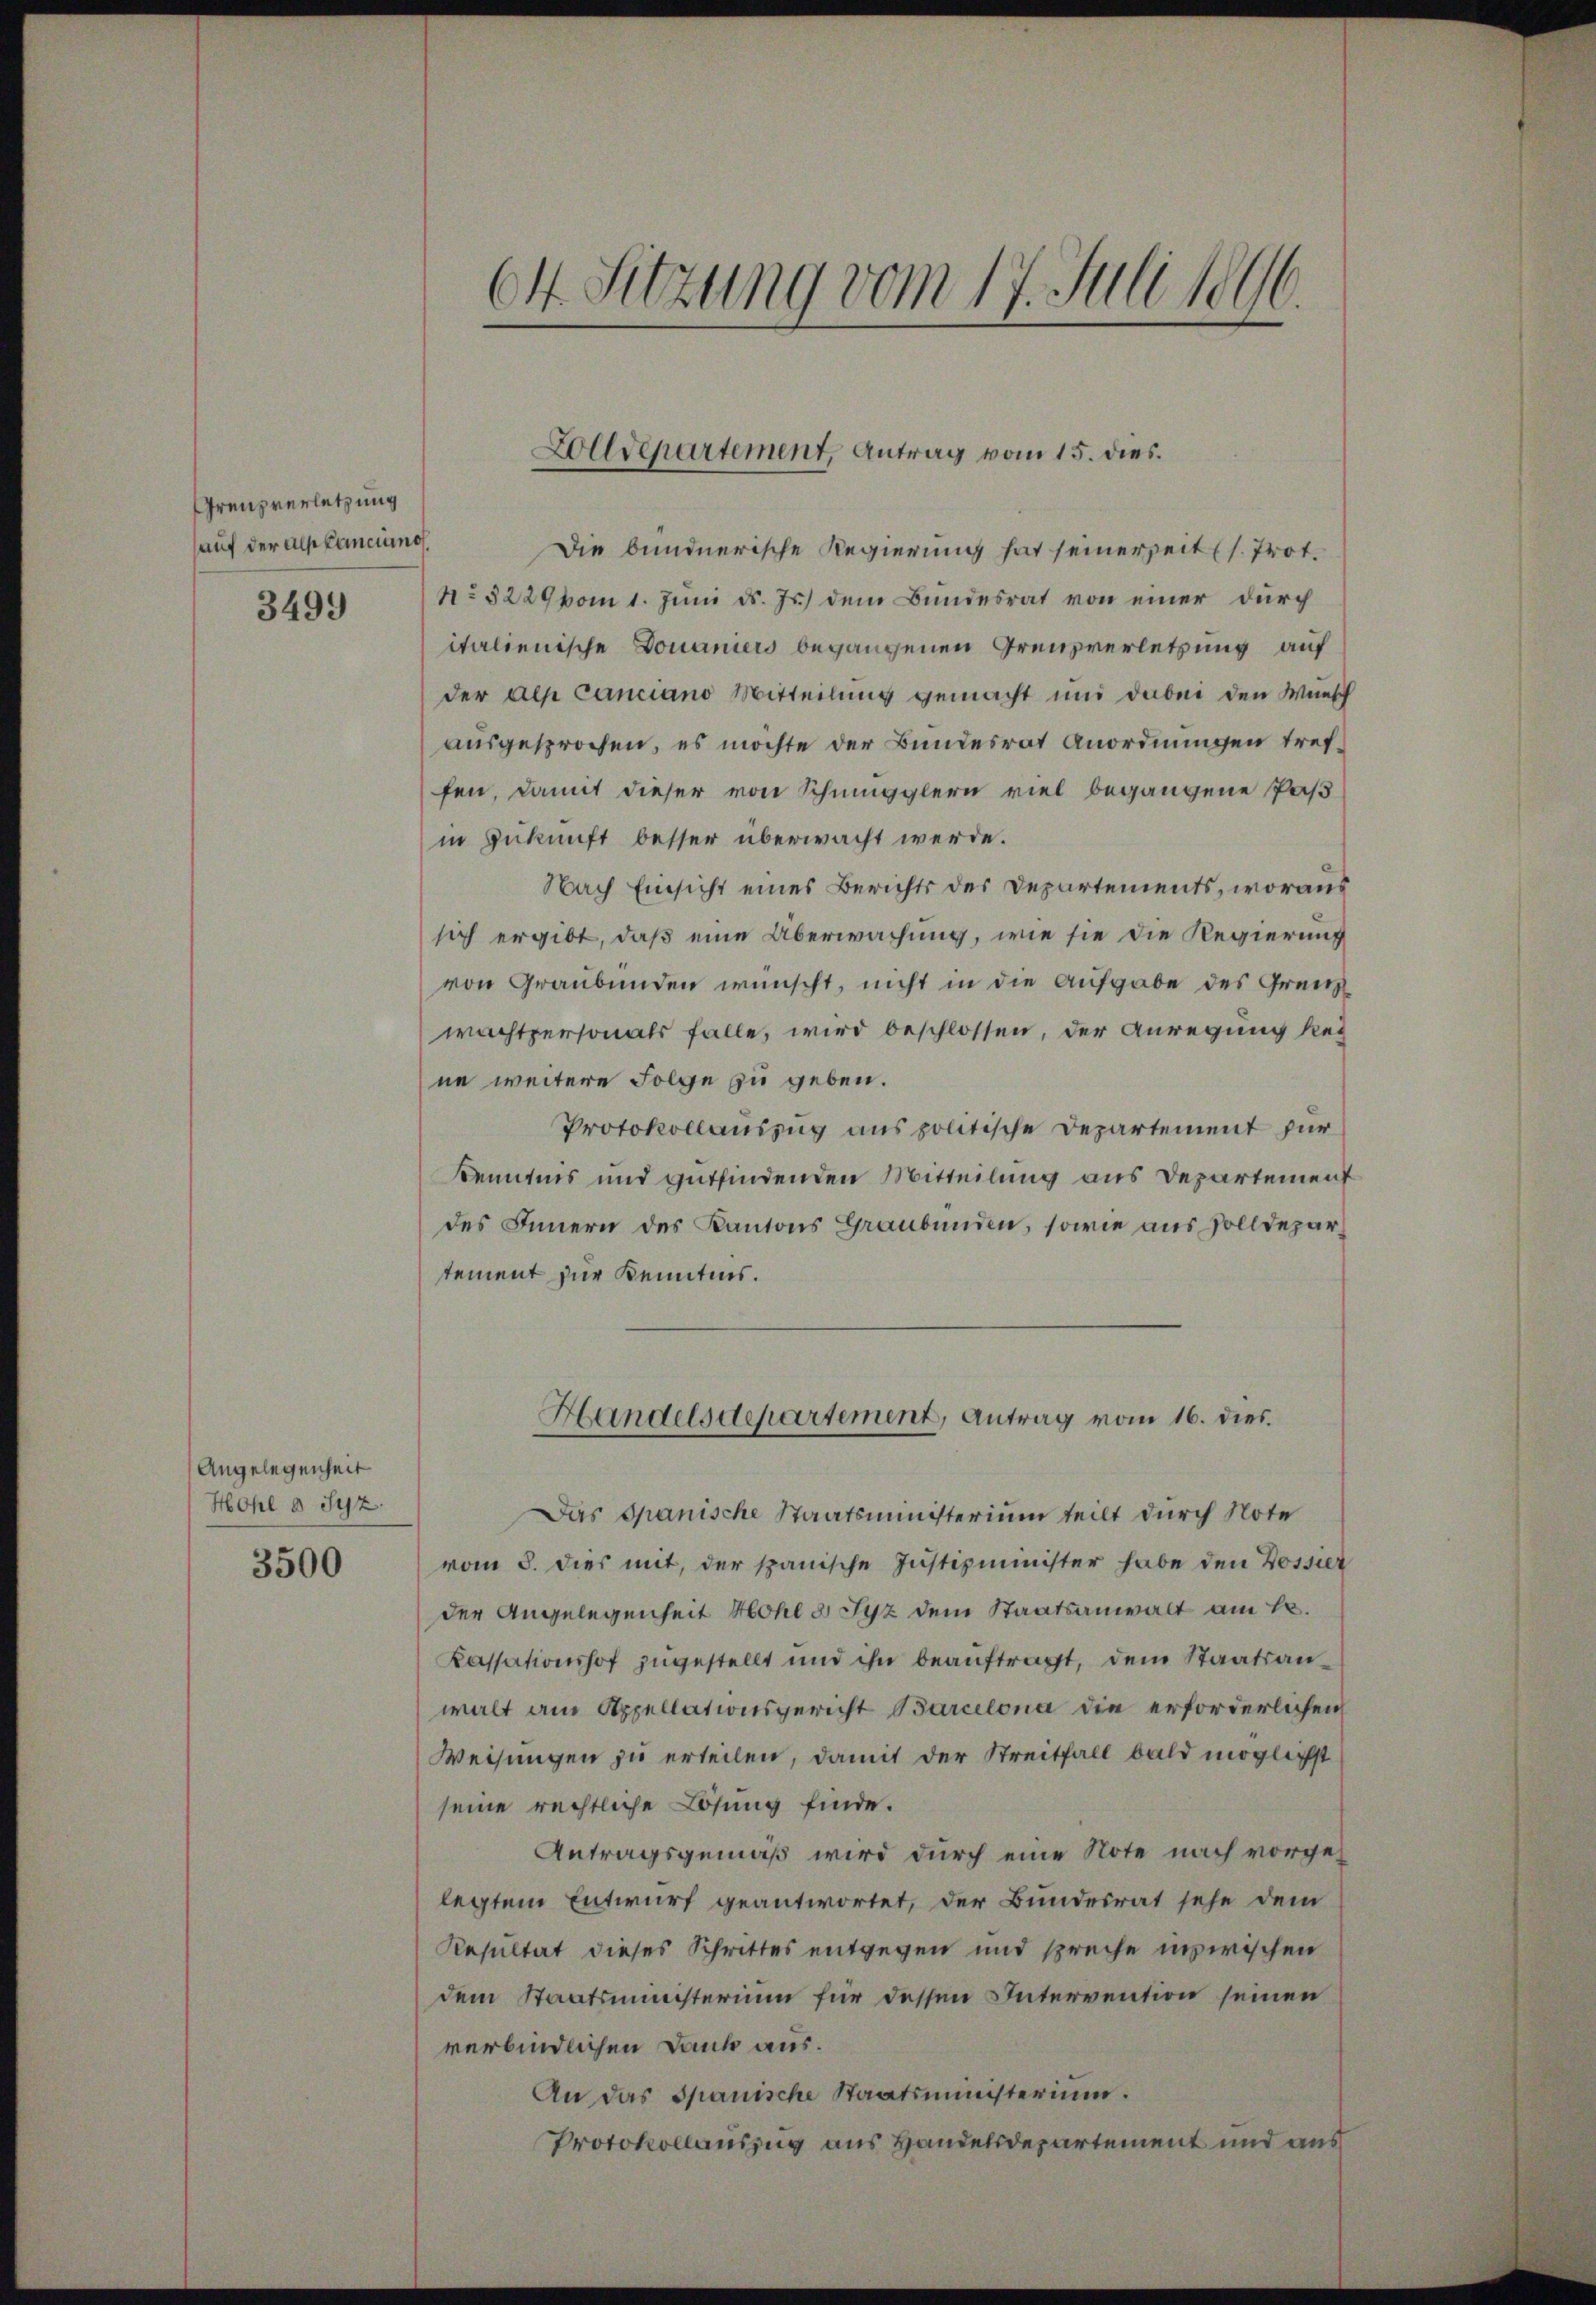
Grenzverletzung
auf der als Canciuno

Angelegenheit
Hohl a. Syz.

3500

Die bundnerische Regierung hat seinerseit (s. Trot.
349. No 5229 vom 1. Jŭni d. Js. dem Bŭndesrat von einer dŭrch
italienische Douaniers begangenen Grenzverletzung auf
der als Canciano Mitteilung gemacht und dabei den Wunsch
ausgesprochen, es möchte der Bundesrat Anordnungen treffen, damit dieser von Schmugglern viel begangene Paß
in Zukunft besser überwacht werde.
Nach Einsicht eines Berichts der Departements, woraus
sich ergibt, daß eine Überwachung, wie sie die Regierung
von Graubünden wünscht, nicht in die Aufgabe des Grenzwächtpersonals falle, wird beschlossen, der Anregung Reg
ne weitere Folge zu geben.
Protokollauszug aus politische Departement für
Kenntnis und gutfindenden Mitteilung aus Departement
des Innern des Kantons Graubünden, sowie aus Zolldepartement zur Kenntnis.
Handelsdepartement, Antrag vom 16. dies
Das Spanische Staatsministerium teilt durch Note
vom 8. dies mit, der spanische Justizminister habe den Bossier
der Angelegenheit Hohl 8 Syz dem Staatsanwalt am 12.
Kassationshof zugestellt und ihn beauftragt, dem Staatsanwalt am Appellationsgericht Barcelona die erforderlichen
Weisungen zu erteilen, damit der Streitfall bald möglichst
seine rechtliche Lösung finde.
Antragsgemäß wird durch eine Note nach vorgelegtem Entwurf geantwortet, der Bundesrat sehe dem
Resultat dieses Schrittes entgegen und spreche inzwischen
dem Staatsministerium für dessen Intervention seinen
verbindlichen Dank aus.
An das Spanische Staatsministerium.
Protokollauszug aus Handelsdepartement und aus

64. Sitzung vom 17. Juli 1896.

Zolldepartement, Antrag vom 15. dies